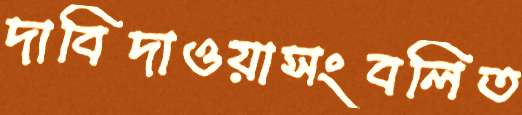
দাবিদাওয়াসংবলিত